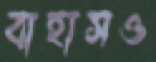
বাহাসও